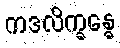
ကဒလိက္ခန္ဓေ